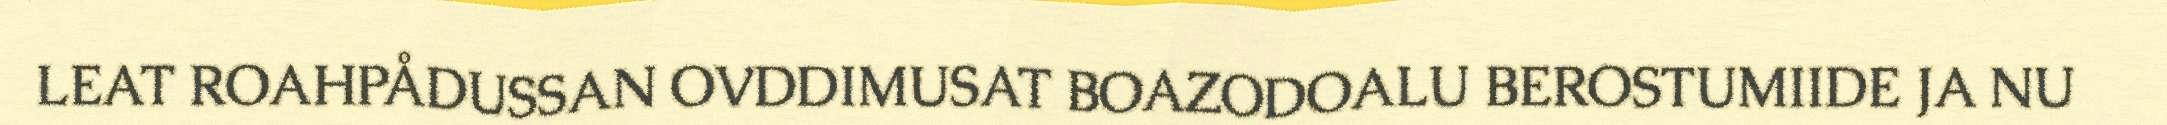
LEAT ROAHPÅDUSSAN OVDDIMUSAT BOAZODOALU BEROSTUMIIDE JA NU